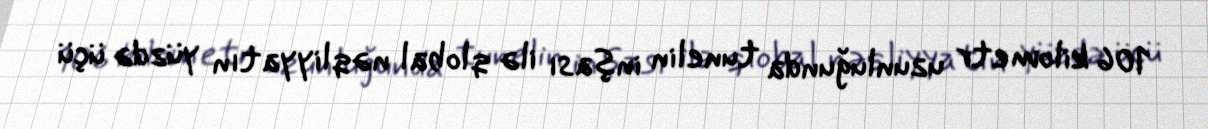
106 kilometr uzunluğunda tunelin inşası ilə qlobal nəqliyyatın yüzdə üçü